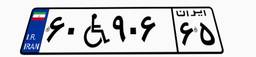
۶۰W۹۰۶۶۵